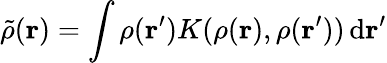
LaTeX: \tilde{\rho}(\mathbf{r})=\int\rho(\mathbf{r}^{\prime})K(\rho(\mathbf{r}),\rho(\mathbf{r}^{\prime}))\, \mathrm{d\mathbf{r}^{\prime}}